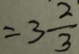
= 3 \frac { 2 } { 3 }